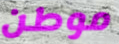
موطن